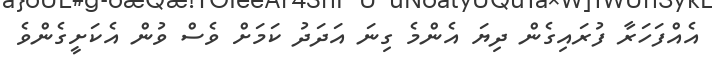
އެއްފަހަރާ ފުރައިގެން ދިޔަ އެންމެ ގިނަ އަދަދު ކަމަށް ވެސް ވުން އެކަށީގެންވެ